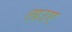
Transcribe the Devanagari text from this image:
लाउए